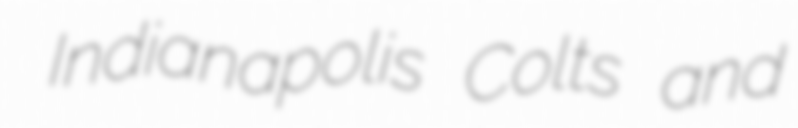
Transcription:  Indianapolis Colts and